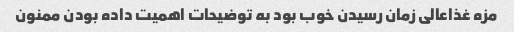
مزه غذاعالی زمان رسیدن خوب بود به توضیحات اهمیت داده بودن ممنون